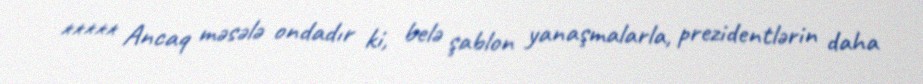
***** Ancaq məsələ ondadır ki, belə şablon yanaşmalarla, prezidentlərin daha